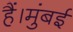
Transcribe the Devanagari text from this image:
हैं।मुंबई